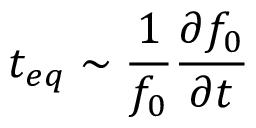
t _ { e q } \sim \frac { 1 } { f _ { 0 } } \frac { \partial f _ { 0 } } { \partial t }